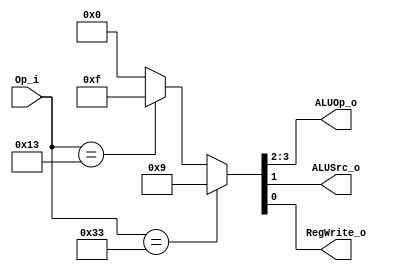
module Control
(
	Op_i,
	ALUOp_o,
	ALUSrc_o,
	RegWrite_o
);

input	[6:0]		Op_i;
output	[1:0]		ALUOp_o;
output				ALUSrc_o;
output				RegWrite_o;

wire	[3:0]		temp;

assign	temp 		= (Op_i==7'b0110011) ? {4'b1001}:	// R-format 10
					  (Op_i==7'b0010011) ? {4'b1111}:	// I-format 11
					  0;

assign	ALUOp_o[1]	= temp[3];
assign	ALUOp_o[0]	= temp[2];
assign	ALUSrc_o	= temp[1];
assign	RegWrite_o	= temp[0];

endmodule